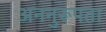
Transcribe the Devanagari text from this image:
अननुरूपता